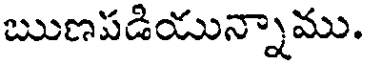
ఋణపడియున్నాము.